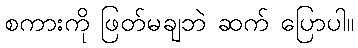
စကားကို ဖြတ်မချဘဲ ဆက် ပြောပါ။